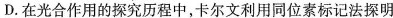
D.在光合作用的探究历程中，卡尔文利用同位素标记法探明